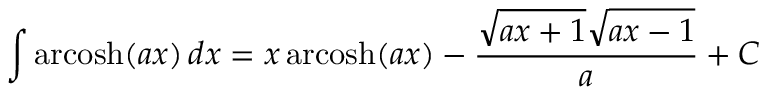
\int \operatorname { a r c o s h } ( a x ) \, d x = x \operatorname { a r c o s h } ( a x ) - { \frac { { \sqrt { a x + 1 } } { \sqrt { a x - 1 } } } { a } } + C